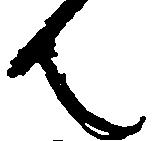
ん